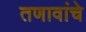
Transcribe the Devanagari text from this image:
तणावांचे